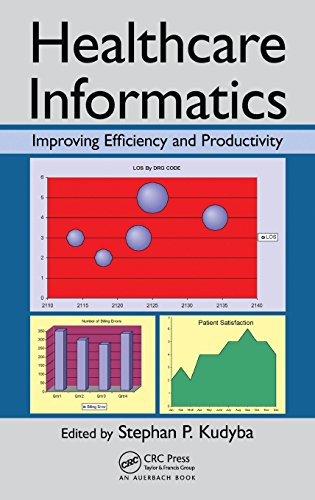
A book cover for Healthcare Informatics: Improving Efficiency and Productivity; Computers & Technology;